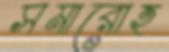
সমারোহ